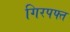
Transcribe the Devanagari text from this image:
गिरपफ्त